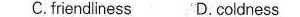
C.fnendiness D. Coldness